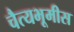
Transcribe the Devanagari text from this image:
चैत्यभूमीस